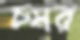
চমর